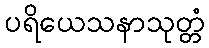
ပရိယေသနာသုတ္တံ